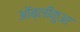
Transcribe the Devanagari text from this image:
ऑब्लीकुआ